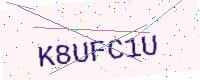
Text: K8UFC1U